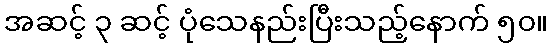
အဆင့် ၃ ဆင့် ပုံသေနည်းပြီးသည့်နောက် ၅၀။